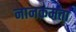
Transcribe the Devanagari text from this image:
नानकमता